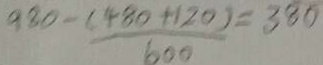
9 8 0 - \frac { ( 4 8 0 + 1 2 0 ) } { 6 0 0 } = 3 8 0